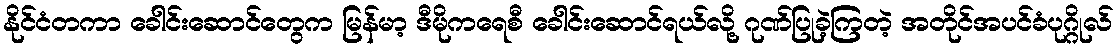
နိုင်ငံတကာ ခေါင်းဆောင်တွေက မြန်မာ့ ဒီမိုကရေစီ ခေါင်းဆောင်ရယ်လို့ ဂုဏ်ပြုခဲ့ကြတဲ့ အတိုင်အပင်ခံပုဂ္ဂိုလ်